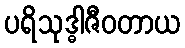
ပရိသုဒ္ဓါဇီဝတာယ